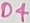
Text: D4